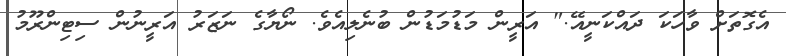
އެގޮތަށް ވާހަކަ ދައްކަނީއޭ." އަރީން މަޑުމަޑުން ބުނެލިއެވެ. ނޯޔާގެ ނަޒަރު އަރީނުން ސިޓިންރޫމު